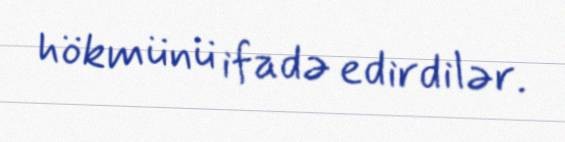
hökmünü ifadə edirdilər.